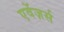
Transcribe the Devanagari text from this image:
एवेंज़र्स